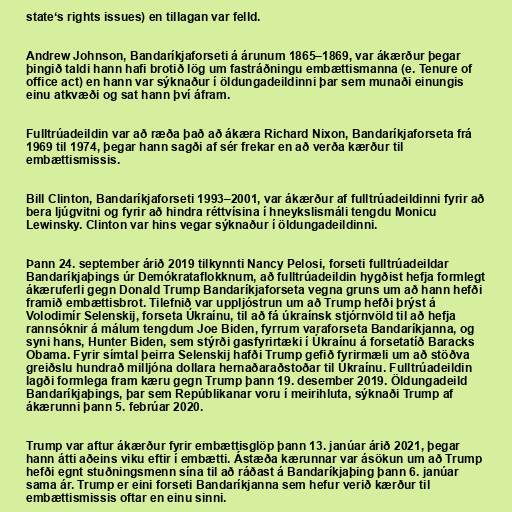
state‘s rights issues) en tillagan var felld.

Andrew Johnson, Bandaríkjaforseti á árunum 1865–1869, var ákærður þegar
þingið taldi hann hafi brotið lög um fastráðningu embættismanna (e. Tenure of
office act) en hann var sýknaður í öldungadeildinni þar sem munaði einungis
einu atkvæði og sat hann því áfram.

Fulltrúadeildin var að ræða það að ákæra Richard Nixon, Bandaríkjaforseta frá
1969 til 1974, þegar hann sagði af sér frekar en að verða kærður til
embættismissis.

Bill Clinton, Bandaríkjaforseti 1993–2001, var ákærður af fulltrúadeildinni fyrir að
bera ljúgvitni og fyrir að hindra réttvísina í hneykslismáli tengdu Monicu
Lewinsky. Clinton var hins vegar sýknaður í öldungadeildinni.

Þann 24. september árið 2019 tilkynnti Nancy Pelosi, forseti fulltrúadeildar
Bandaríkjaþings úr Demókrataflokknum, að fulltrúadeildin hygðist hefja formlegt
ákæruferli gegn Donald Trump Bandaríkjaforseta vegna gruns um að hann hefði
framið embættisbrot. Tilefnið var uppljóstrun um að Trump hefði þrýst á
Volodimír Selenskij, forseta Úkraínu, til að fá úkraínsk stjórnvöld til að hefja
rannsóknir á málum tengdum Joe Biden, fyrrum varaforseta Bandaríkjanna, og
syni hans, Hunter Biden, sem stýrði gasfyrirtæki í Úkraínu á forsetatíð Baracks
Obama. Fyrir símtal þeirra Selenskij hafði Trump gefið fyrirmæli um að stöðva
greiðslu hundrað milljóna dollara hernaðaraðstoðar til Úkraínu. Fulltrúadeildin
lagði formlega fram kæru gegn Trump þann 19. desember 2019. Öldungadeild
Bandaríkjaþings, þar sem Repúblikanar voru í meirihluta, sýknaði Trump af
ákærunni þann 5. febrúar 2020.

Trump var aftur ákærður fyrir embættisglöp þann 13. janúar árið 2021, þegar
hann átti aðeins viku eftir í embætti. Ástæða kærunnar var ásökun um að Trump
hefði egnt stuðningsmenn sína til að ráðast á Bandaríkjaþing þann 6. janúar
sama ár. Trump er eini forseti Bandaríkjanna sem hefur verið kærður til
embættismissis oftar en einu sinni.